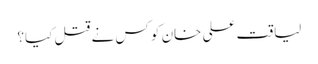
لیاقت علی خان کو کس نے قتل کیا؟